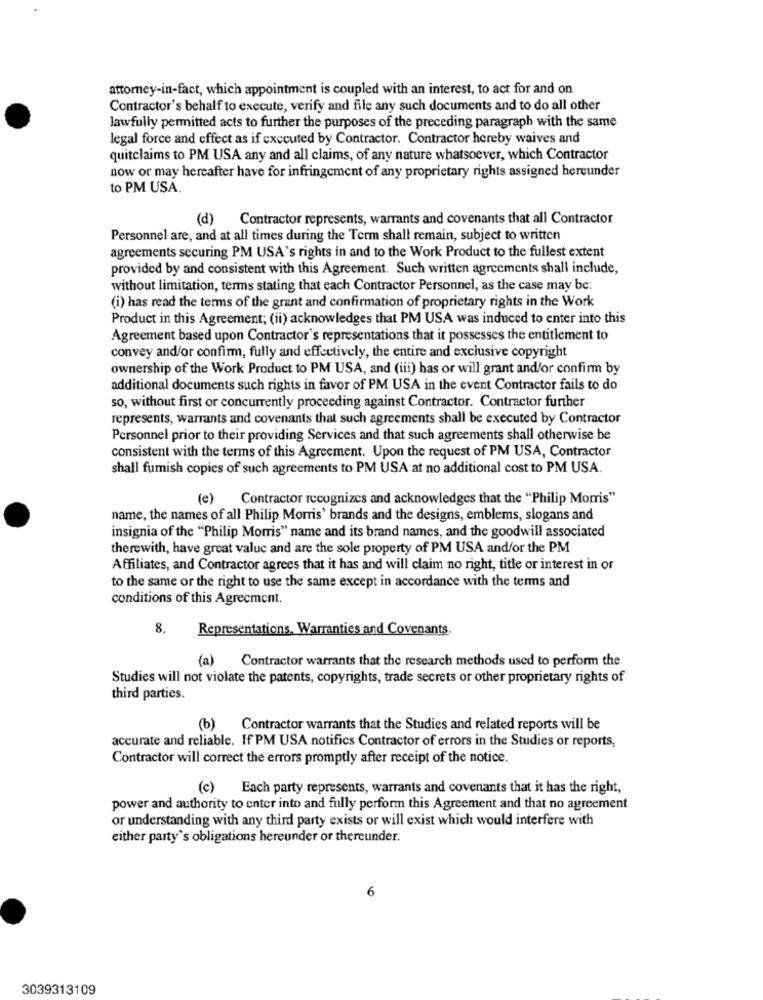
attorney-in-fact, which appointment is coupled with an interest, to act for and on
Contractor's behalf to execute, verify and file any such documents and to do all other
lawfully permitted acts to further the purposes of the preceding paragraph with the same
legal force and effect as if executed by Contractor. Contractor hereby waives and
quitclaims to PM USA any and all claims, of any nature whatsoever, which Contractor
now or may hereafter have for infringement of any proprietary rights assigned hereunder
to PM USA.
(d)
Contractor represents, warrants and covenants that all Contractor
Personnel are, and at all times during the Term shall remain, subject to written
agreements securing PM USA's rights in and to the Work Product to the fullest extent
provided by and consistent with this Agreement. Such written agreements shall include,
without limitation, terms stating that each Contractor Personnel, as the case may be:
(i) has read the terms of the grant and confirmation of proprietary rights in the Work
Product in this Agreement; (ii) acknowledges that PM USA was induced to enter into this
Agreement based upon Contractor's representations that it possesses the entitlement to
convey and/or confirm, fully and effectively, the entire and exclusive copyright
ownership of the Work Product to PM USA, and (iii) has or will grant and/or confirm by
additional documents such rights in favor of PM USA in the event Contractor fails to do
so, without first or concurrently proceeding against Contractor. Contractor further
represents, warrants and covenants that such agreements shall be executed by Contractor
Personnel prior to their providing Services and that such agreements shall otherwise be
consistent with the terms of this Agreement. Upon the request of PM USA, Contractor
shall furnish copies of such agreements to PM USA at no additional cost to PM USA.
(e)
Contractor recognizes and acknowledges that the "Philip Morris"
name, the names of all Philip Morris' brands and the designs, emblems, slogans and
insignia of the "Philip Morris" name and its brand names, and the goodwill associated
therewith, have great value and are the sole property of PM USA andfor the PM
Affiliates, and Contractor agrees that it has and will claim no right, title or interest in or
to the same or the right to use the same except in accordance with the terms and
conditions of this Agreement.
8.
Representations, Warranties and Covenants.
(a)
Contractor warrants that the research methods used to perform the
Studies will not violate the patents, copyrights, trade secrets or other proprietary rights of
third parties.
(b) Contractor warrants that the Studies and related reports will be
accurate and reliable. If PM USA notifics Contractor of errors in the Studies or reports,
Contractor will correct the errors promptly after receipt of the notice.
(c) Each party represents, warrants and covenants that it has the right,
power and authority to enter into and fully perform this Agreement and that no agreement
or understanding with any third party exists or will exist which would interfere with
either party's obligations hereunder or thereunder.
6
3039313109